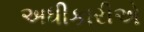
અધીકારીએ